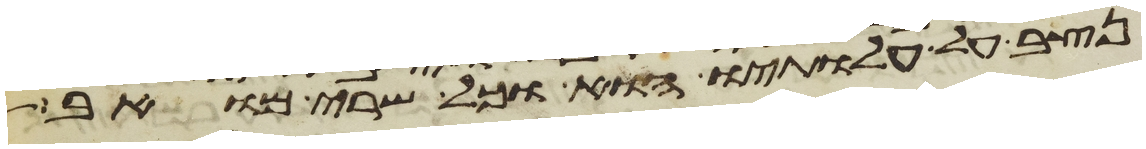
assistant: נצב על עלתיו הוא וכל שרי מואב